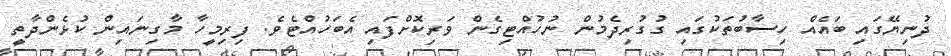
ދުނިޔޭގައި ބައެއް ހިސާބުތަކުގައި ގުގުރިދެމުން ނުހުއްޓިގެން ވަރިކޮށްފައި އެބަހުއްޓެވެ. ފިރިމީހާ މާގިނައިން ކުޅެންދާތީ